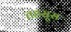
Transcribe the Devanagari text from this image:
तहसूस